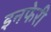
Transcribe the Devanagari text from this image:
इनफेरी